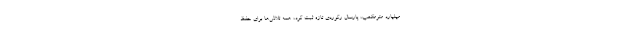
میلیارد مترمکعب، پارسال رکوردی تازه ثبت کرد، همه تلاش‌ها برای حفظ